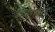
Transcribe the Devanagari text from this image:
गोलापांडे